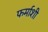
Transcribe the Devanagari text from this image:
फर्माशी